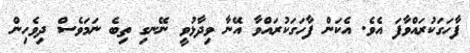
ފާހަގަކުރައްވާފަ އެވެ. އެކަން ފާހަގަކުރައްވާ އޭނާ ވިދާޅުވީ ނޭނގި ތިބެ ނަމަވެސް ދިވެހިން